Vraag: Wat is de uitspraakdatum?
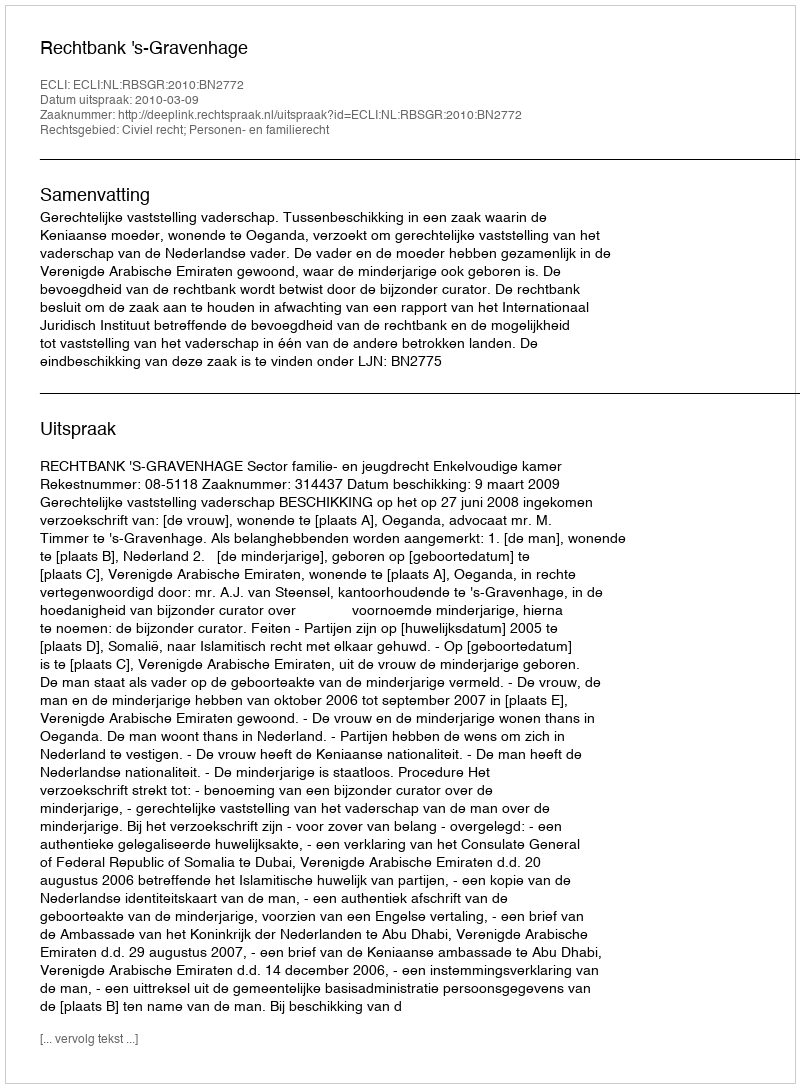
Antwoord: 2010-03-09